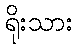
ရိုးသား